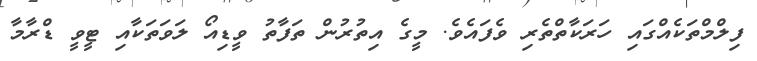
ފިލްމްތަކެއްގައި ހަރަކާތްތެރި ވެފައެވެ. މީގެ އިތުރުން ތަފާތު ވީޑިއޯ ލަވަތަކާއި ޓީވީ ޑްރާމާ